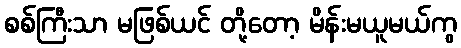
စစ်ကြီးသာ မဖြစ်ယင် တို့တော့ မိန်းမယူမယ်ကွ